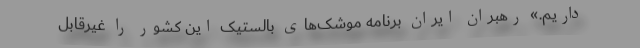
داریم.» رهبران ایران برنامه موشک‌های بالستیک این کشور را غیرقابل